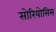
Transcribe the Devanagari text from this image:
सोरियोसिस